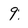
Character: 9